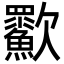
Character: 㱎